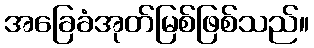
အခြေခံအုတ်မြစ်ဖြစ်သည်။